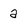
Character: a